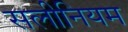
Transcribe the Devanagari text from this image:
सलीनियम